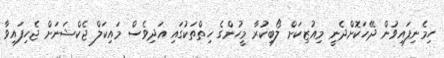
ހިމެނިފައިވުން ދޭހަކޮށްދެނީ މިއުޒިކަށް ލޯބިކުރާ މީހުންގެ ހިތްތަކުގައި އަދިވެސް މައިކަލް ޖެކްޝަނަށް ޖެހިފައިވާ